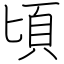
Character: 頃